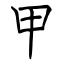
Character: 甲